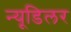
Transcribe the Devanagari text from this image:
न्यूडिलर